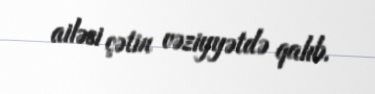
ailəsi çətin vəziyyətdə qalıb.